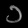
Digit: ၁